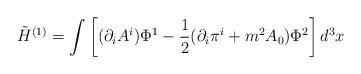
LaTeX: \begin{align*}\tilde H^{(1)} = \int \left[ (\partial_iA^i) \Phi^1 -\frac{1}{2}(\partial_i\pi^i + m^2 A_0) \Phi^2\right] d^3x \end{align*}